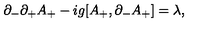
\partial _ { - } \partial _ { + } A _ { + } - i g [ A _ { + } , \partial _ { - } A _ { + } ] = \lambda ,